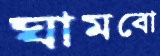
ঘামবো